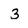
Character: 3